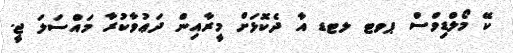
ކޭ މޯލްޑިވްސް ޕވޓ ލޓޑ އާ ދެކޮޅަށް މީރާއިން ދަޢުވާކުރާ މައްސަލަ ޖީ.